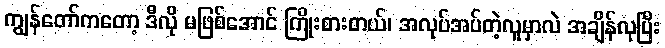
ကျွန်တော်ကတော့ ဒီလို မဖြစ်အောင် ကြိုးစားတယ်၊ အလုပ်အပ်တဲ့လူမှာလဲ အချိန်လုပြီး